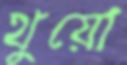
থুয়ো